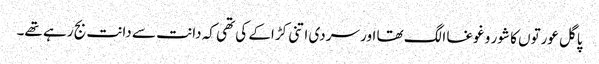
پاگل عورتوں کا شور و غوغا الگ تھا اور سردی اتنی کڑاکے کی تھی کہ دانت سے دانت بج رہے تھے۔